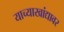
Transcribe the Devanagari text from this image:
याच्याखांद्यावर